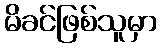
မိခင်ဖြစ်သူမှာ